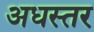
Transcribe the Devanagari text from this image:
अधस्तर